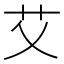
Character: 艾